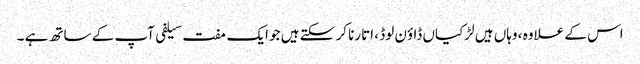
اس کے علاوہ ، وہاں ہیں لڑکیاں ڈاؤن لوڈ ، اتارنا کر سکتے ہیں جو ایک مفت سیلفی آپ کے ساتھ ہے ۔